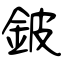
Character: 鈹